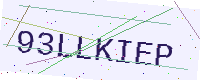
Text: 93LLKIEP